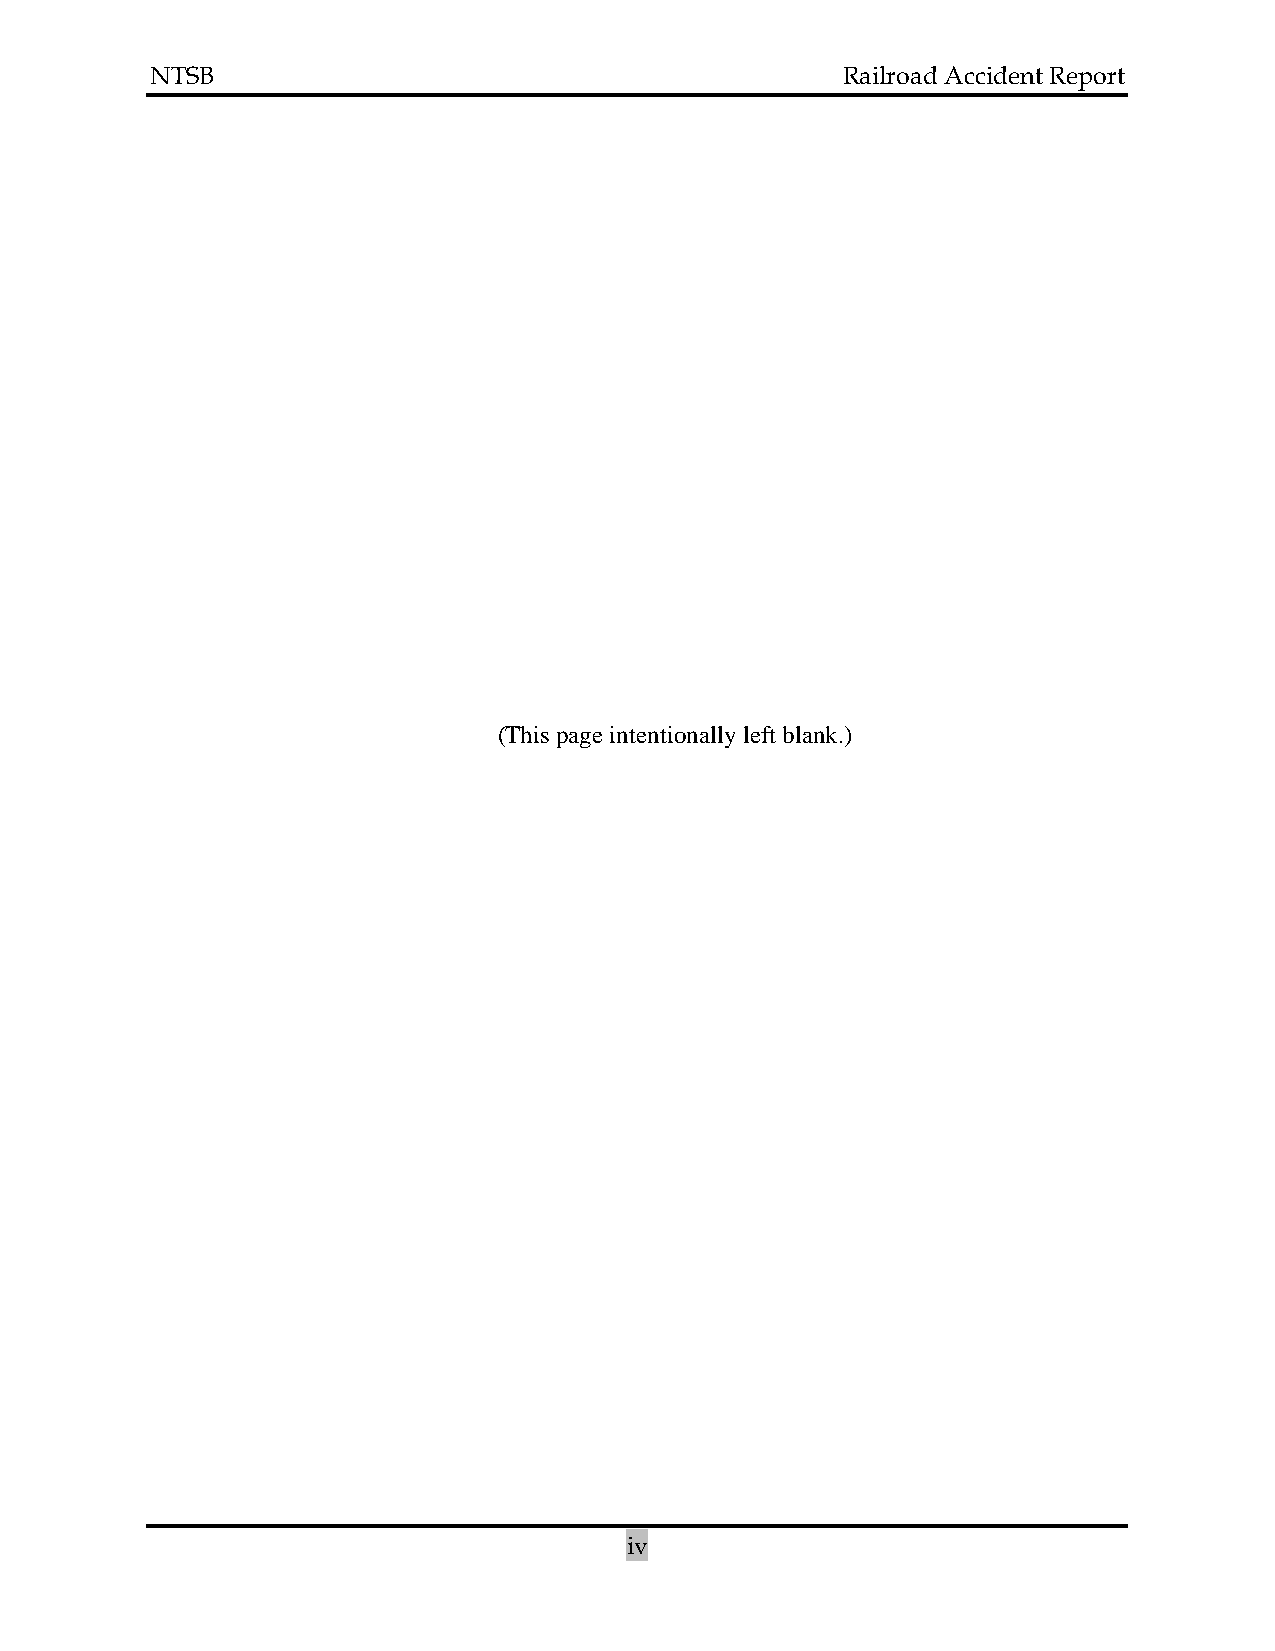
NTSB                                          Railroad Accident Report
 (This page intentionally left blank.)
 iv